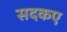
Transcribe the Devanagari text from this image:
सदकए